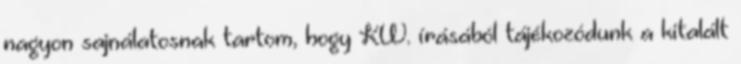
nagyon sajnálatosnak tartom, hogy KW. írásából tájékozódunk a kitalált